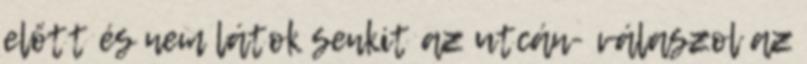
előtt és nem látok senkit az utcán- válaszol az